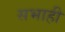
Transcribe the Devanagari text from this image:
सभाही